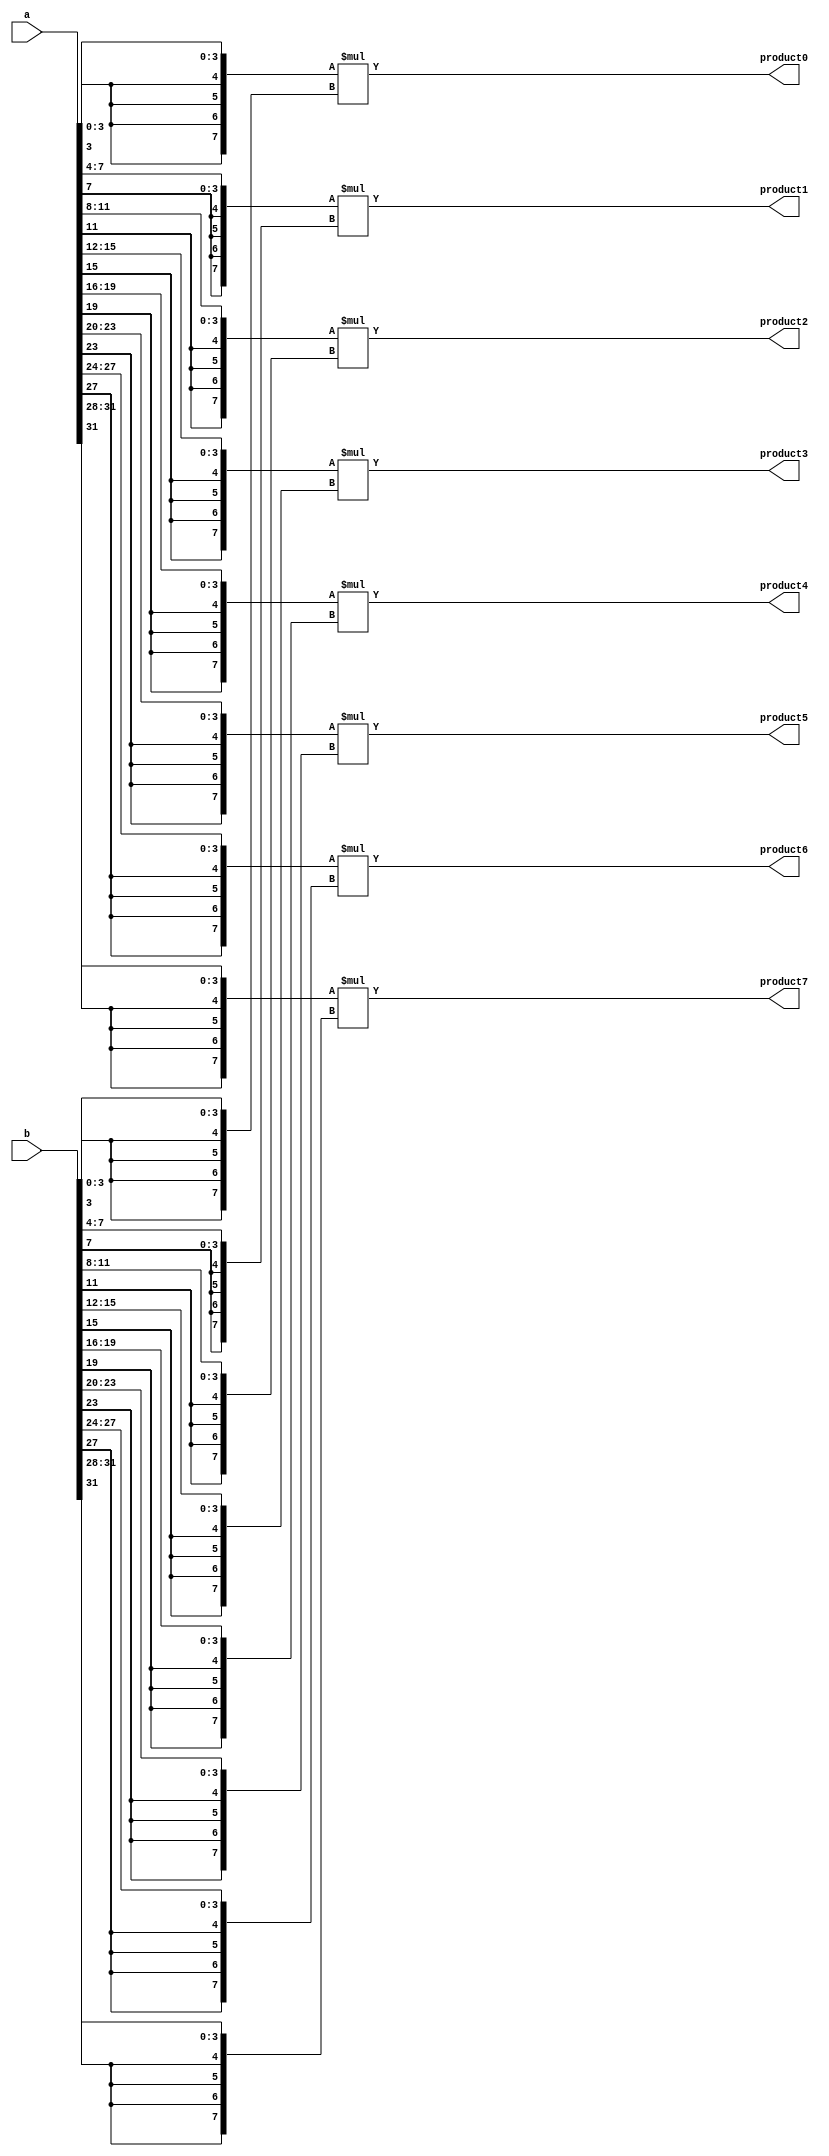
// Created by prof. Mingu Kang @VVIP Lab in UCSD ECE department
// Please do not spread this code without permission 
module mac_8in (a, b, product0, product1, product2, product3, product4, product5, product6, product7);

parameter bw = 4;
parameter bw_psum = 2*bw+3;
parameter pr = 8; // parallel factor: number of inputs = 64

//output [bw_psum-1:0] out;
input  [pr*bw-1:0] a;
input  [pr*bw-1:0] b;

output		[2*bw-1:0]	product0	;
output		[2*bw-1:0]	product1	;
output		[2*bw-1:0]	product2	;
output		[2*bw-1:0]	product3	;
output		[2*bw-1:0]	product4	;
output		[2*bw-1:0]	product5	;
output		[2*bw-1:0]	product6	;
output		[2*bw-1:0]	product7	;



genvar i;


assign	product0	=	{{(bw){a[bw*	1	-1]}},	a[bw*	1	-1:bw*	0	]}	*	{{(bw){b[bw*	1	-1] }},	b[bw*	1	-1:	bw*	0	]};
assign	product1	=	{{(bw){a[bw*	2	-1]}},	a[bw*	2	-1:bw*	1	]}	*	{{(bw){b[bw*	2	-1] }},	b[bw*	2	-1:	bw*	1	]};
assign	product2	=	{{(bw){a[bw*	3	-1]}},	a[bw*	3	-1:bw*	2	]}	*	{{(bw){b[bw*	3	-1] }},	b[bw*	3	-1:	bw*	2	]};
assign	product3	=	{{(bw){a[bw*	4	-1]}},	a[bw*	4	-1:bw*	3	]}	*	{{(bw){b[bw*	4	-1] }},	b[bw*	4	-1:	bw*	3	]};
assign	product4	=	{{(bw){a[bw*	5	-1]}},	a[bw*	5	-1:bw*	4	]}	*	{{(bw){b[bw*	5	-1] }},	b[bw*	5	-1:	bw*	4	]};
assign	product5	=	{{(bw){a[bw*	6	-1]}},	a[bw*	6	-1:bw*	5	]}	*	{{(bw){b[bw*	6	-1] }},	b[bw*	6	-1:	bw*	5	]};
assign	product6	=	{{(bw){a[bw*	7	-1]}},	a[bw*	7	-1:bw*	6	]}	*	{{(bw){b[bw*	7	-1] }},	b[bw*	7	-1:	bw*	6	]};
assign	product7	=	{{(bw){a[bw*	8	-1]}},	a[bw*	8	-1:bw*	7	]}	*	{{(bw){b[bw*	8	-1] }},	b[bw*	8	-1:	bw*	7	]};

/*
assign out = 
                {{(5){product0[2*bw-1]}},product0	}
	+	{{(5){product1[2*bw-1]}},product1	}
	+	{{(5){product2[2*bw-1]}},product2	}
	+	{{(5){product3[2*bw-1]}},product3	}
	+	{{(5){product4[2*bw-1]}},product4	}
	+	{{(5){product5[2*bw-1]}},product5	}
	+	{{(5){product6[2*bw-1]}},product6	}
	+	{{(5){product7[2*bw-1]}},product7	};

//assign out = product0 + product1 + product2 + product3 + product4 + product5 + product6 + product7 ;
                

*/
endmodule